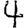
Digit: 4